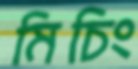
মিচিং